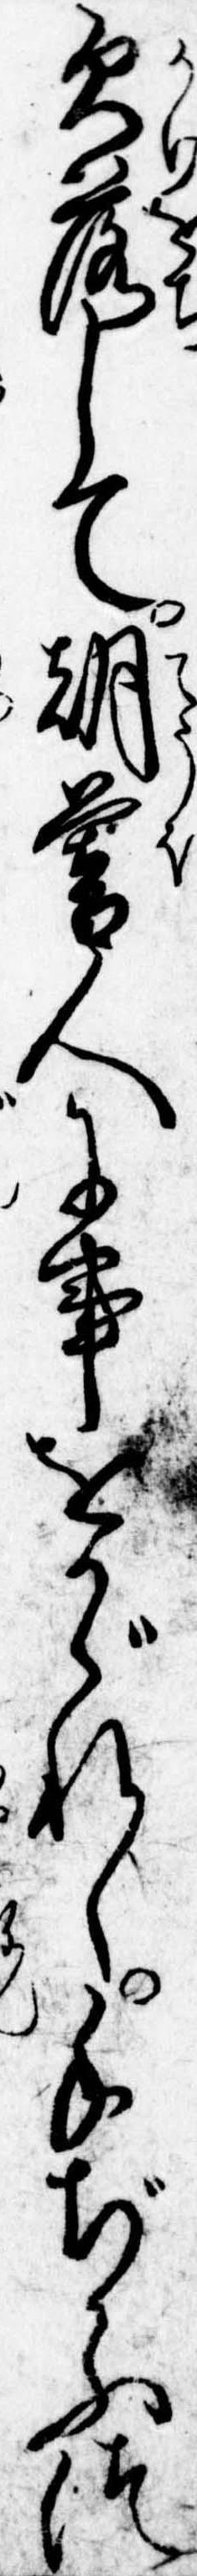
欠落して朝暮人に事をかゞれし手ぢかふつ